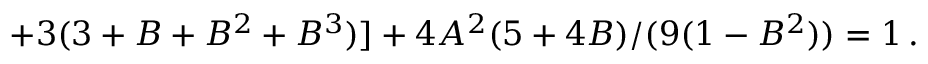
+ 3 ( 3 + B + B ^ { 2 } + B ^ { 3 } ) ] + 4 A ^ { 2 } ( 5 + 4 B ) / ( 9 ( 1 - B ^ { 2 } ) ) = 1 \, .